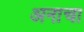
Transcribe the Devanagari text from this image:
अनाचा